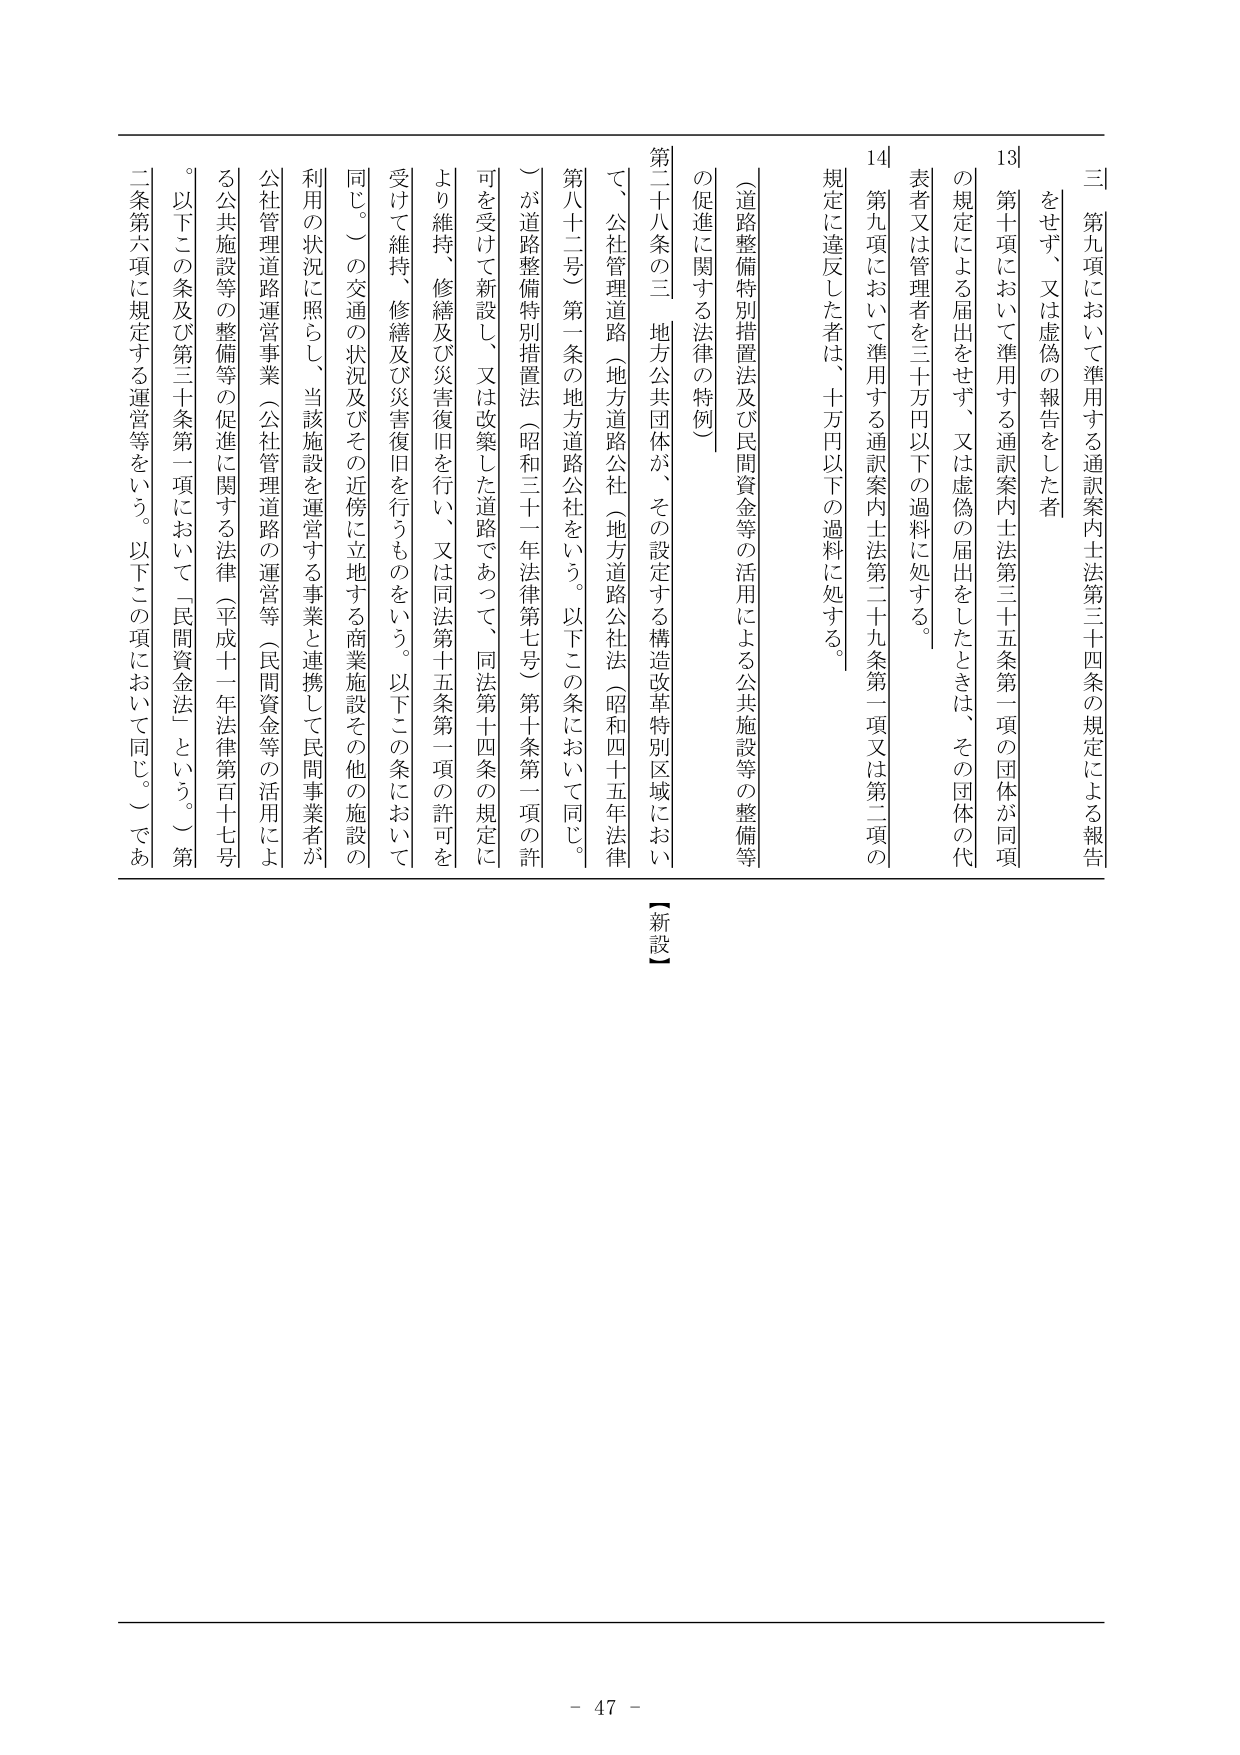
三 第九項において準用する通訳案内士法第三十四条の規定による報告をせず、又は虚偽の報告をした者

第十一項において準用する通訳案内士法第三十五条第一項の団体が同項の規定による届出をせず、又は虚偽の届出をしたときは、その団体の代表者又は管理者を三十万円以下の過料に処する。

第十九項において準用する通訳案内士法第二十九条第一項又は第二項の規定に違反した者は、十万円以下の過料に処する。

（道路整備特別措置法及び民間資金等の活用による公共施設等の整備等の促進に関する法律の特例）

第二十八条の三 地方公共団体が、その設定する構造改革特別区域において、公社管理道路（地方道路公社（地方道路公社法（昭和四十五年法律第八十二号）第一条の地方道路公社をいう。以下この条において同じ。）が道路整備特別措置法（昭和三十一年法律第七号）第十条第一項の許可を受けて新設し、又は改築した道路であって、同法第十四条の規定により維持、修繕及び災害復旧を行い、又は同法第十五条第一項の許可を受けて維持、修繕及び災害復旧を行うものをいう。以下この条において同じ。）の交通の状況及びその近傍に立地する商業施設その他の施設の利用の状況に照らし、当該施設を運営する事業と連携して民間事業者が公社管理道路運営事業（公社管理道路の運営等（民間資金等の活用による公共施設等の整備等の促進に関する法律（平成十一年法律第百十七号）第二条第六項に規定する運営等をいう。以下この項において同じ。）であって、以下この条及び第三十条第二項において「民間資金法」という。）を実施する場合にあっては、当該道路の運営等に関する事項を定めるものとする。

【新設】

- 47 -